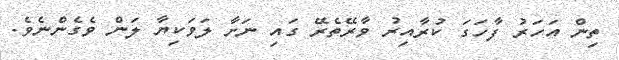
ތިން އަހަރު ފާހަގަ ކުރާއިރު ވާރޭތެރޭ ގައި ނަށާ ލަވަކިޔާ ލަން ވެގެންނެވެ.